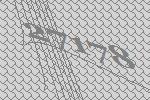
27178